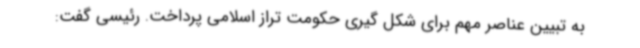
به تبیین عناصر مهم برای شکل گیری حکومت تراز اسلامی پرداخت. رئیسی گفت: